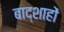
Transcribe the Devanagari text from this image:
बाद्शाहों